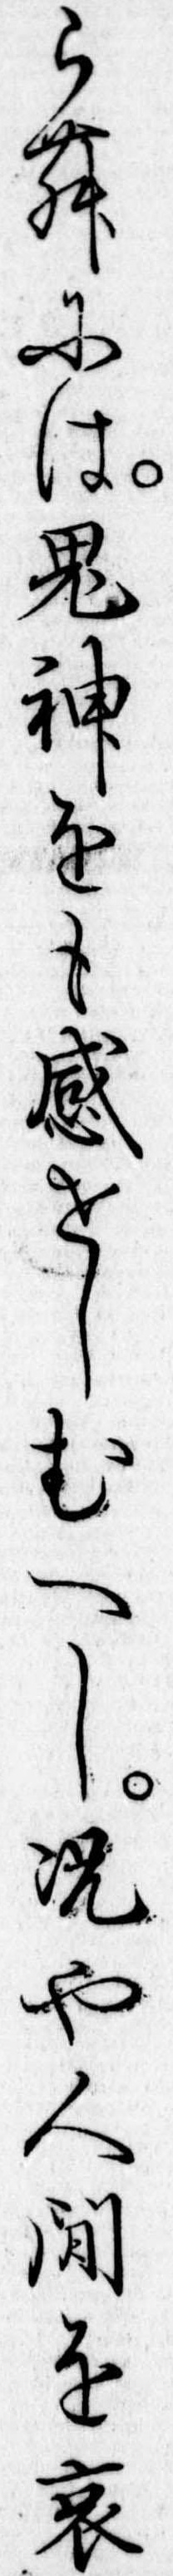
らむには鬼神をも感せしむへし況や人間を哀